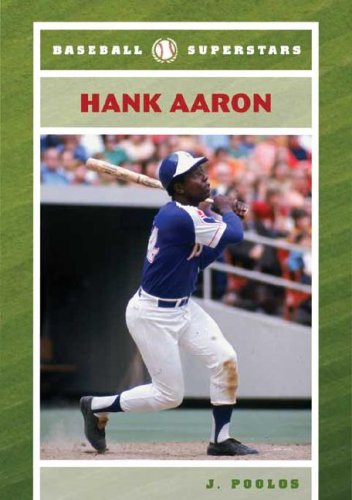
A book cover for Hank Aaron (Baseball Superstars); J. Poolos; Teen & Young Adult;